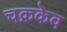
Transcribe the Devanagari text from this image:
चक्रकेव